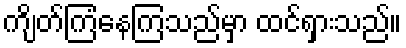
ကျိတ်ကြံနေကြသည်မှာ ထင်ရှားသည်။